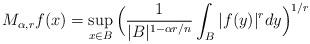
LaTeX: \begin{align*}M_{\alpha,r}f(x)=\sup\limits_{x\in B}\Big(\frac{1}{|B|^{1-\alpha r/n}}\int_B|f(y)|^rdy\Big)^{1/r}\end{align*}